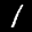
Label: 1